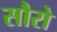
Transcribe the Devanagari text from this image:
सौरो